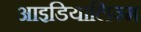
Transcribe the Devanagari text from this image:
आइडियालिज़्म